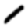
Digit: 1